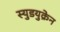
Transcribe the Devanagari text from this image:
स्युडयुक्रेन